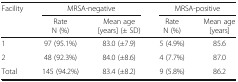
<table><thead><tr><td rowspan="2"><b>Facility</b></td><td colspan="2"><b>MRSA-negative</b></td><td colspan="2"><b>MRSA-positive</b></td></tr><tr><td><b>RateN (%)</b></td><td><b>Mean age[years] (± SD)</b></td><td><b>RateN (%)</b></td><td><b>Mean age[years]</b></td></tr></thead><tbody><tr><td>1</td><td>97 (95.1%)</td><td>83.0 (±7.9)</td><td>5 (4.9%)</td><td>85.6</td></tr><tr><td>2</td><td>48 (92.3%)</td><td>84.0 (±8.6)</td><td>4 (7.7%)</td><td>87.0</td></tr><tr><td>Total</td><td>145 (94.2%)</td><td>83.4 (±8.2)</td><td>9 (5.8%)</td><td>86.2</td></tr></tbody></table>